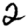
Digit: 2